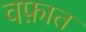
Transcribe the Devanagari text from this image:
वफ़ात